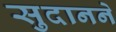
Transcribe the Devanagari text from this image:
सुदानने